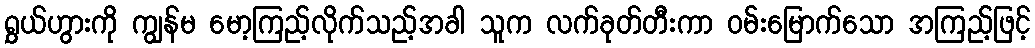
ရွှယ်ဟွားကို ကျွန်မ မော့ကြည့်လိုက်သည့်အခါ သူက လက်ခုတ်တီးကာ ဝမ်းမြောက်သော အကြည့်ဖြင့်